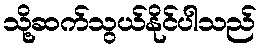
သို့ဆက်သွယ်နိုင်ပါသည်